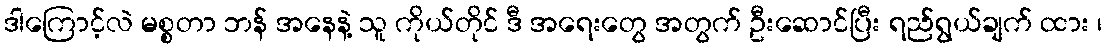
ဒါကြောင့်လဲ မစ္စတာ ဘန် အနေနဲ့ သူ ကိုယ်တိုင် ဒီ အရေးတွေ အတွက် ဦးဆောင်ပြီး ရည်ရွယ်ချက် ထား ၊